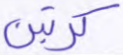
كرتين